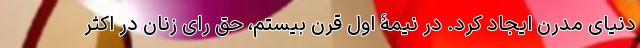
دنیای مدرن ایجاد کرد. در نیمۀ اول قرن بیستم، حق رای زنان در اکثر